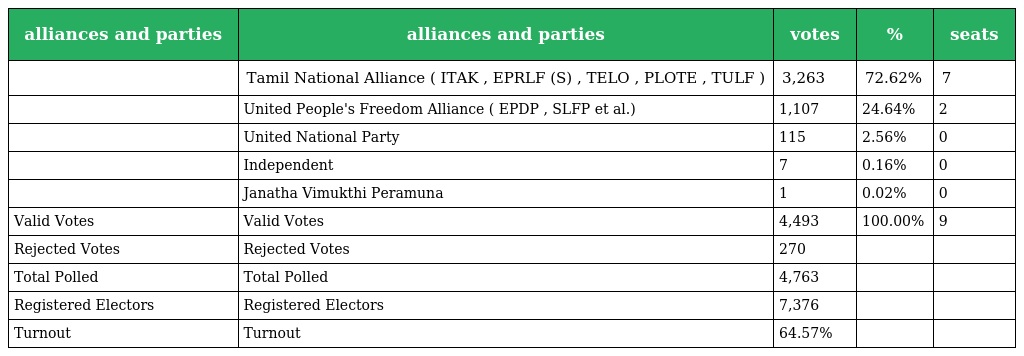
| alliances and parties | alliances and parties | votes | % | seats |
 | --- | --- | --- | --- | --- |
 |  | Tamil National Alliance ( ITAK , EPRLF (S) , TELO , PLOTE , TULF ) | 3,263 | 72.62% | 7 |
 |  | United People's Freedom Alliance ( EPDP , SLFP et al.) | 1,107 | 24.64% | 2 |
 |  | United National Party | 115 | 2.56% | 0 |
 |  | Independent | 7 | 0.16% | 0 |
 |  | Janatha Vimukthi Peramuna | 1 | 0.02% | 0 |
 | Valid Votes | Valid Votes | 4,493 | 100.00% | 9 |
 | Rejected Votes | Rejected Votes | 270 |  |  |
 | Total Polled | Total Polled | 4,763 |  |  |
 | Registered Electors | Registered Electors | 7,376 |  |  |
 | Turnout | Turnout | 64.57% |  |  |